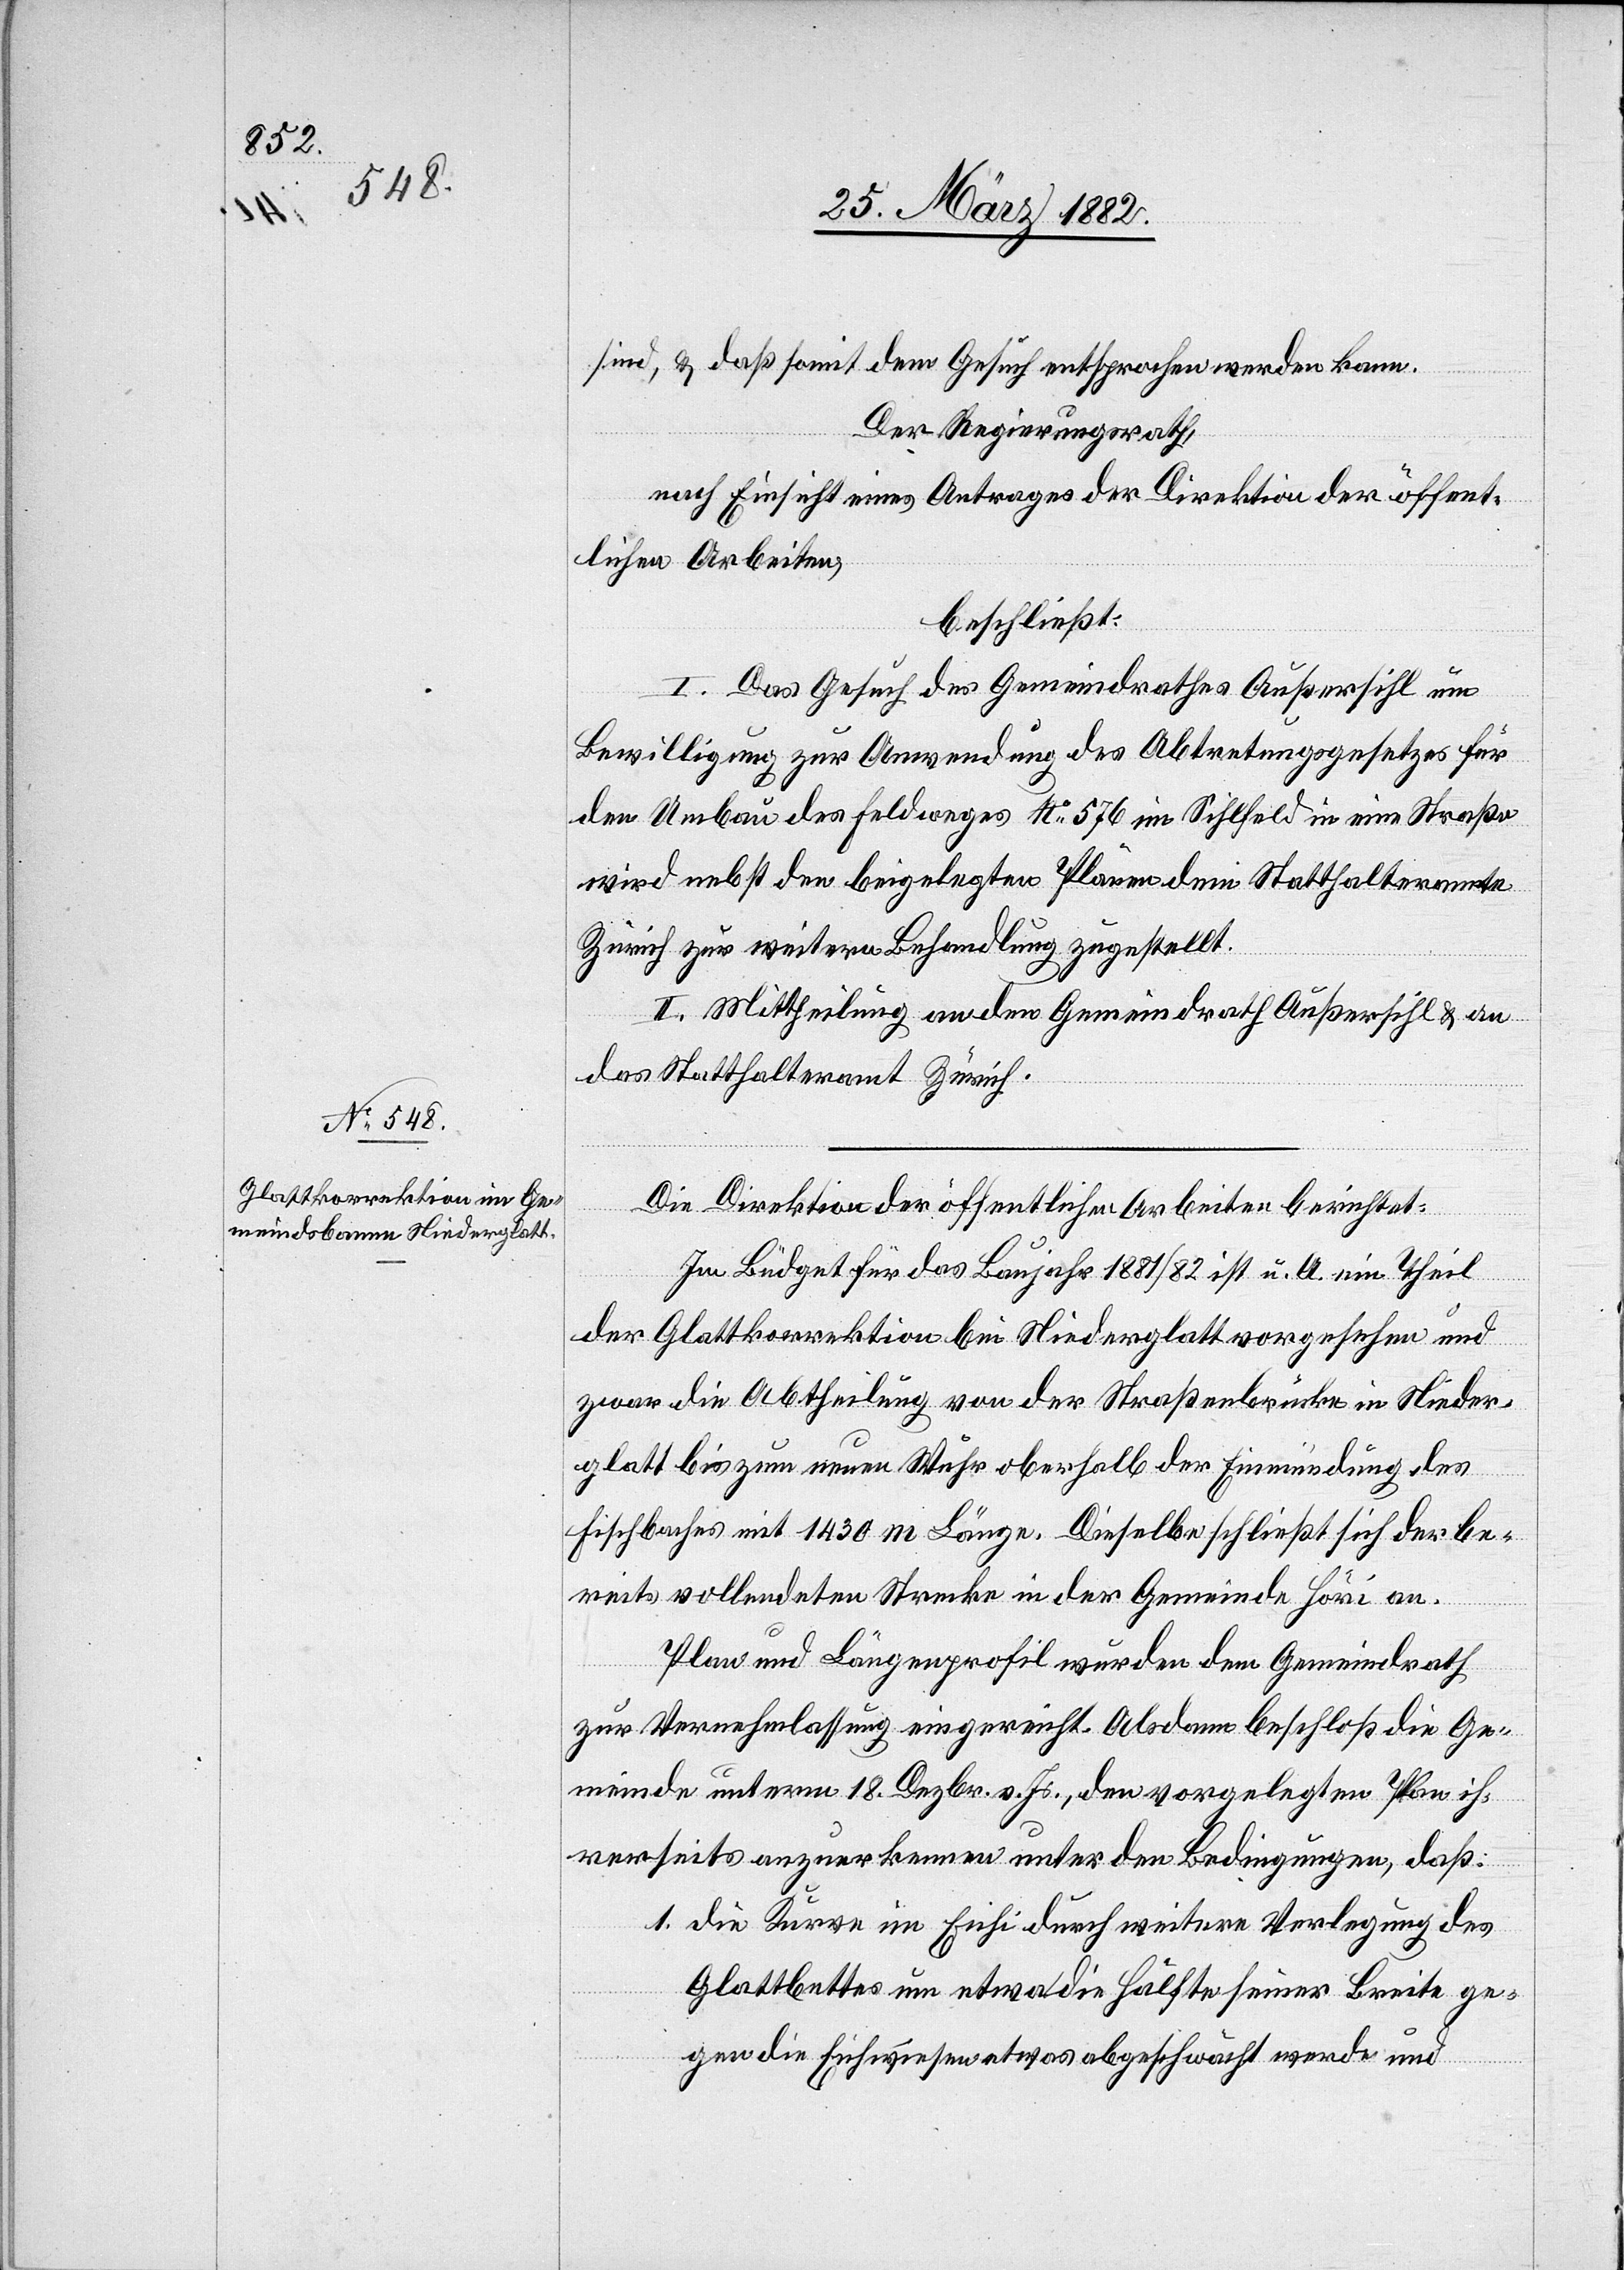
sind, & daß somit dem Gesuch entsprochen werden kann.
Der Regierungsrath,
nach Einsicht eines Antrages der Direktion der öffent¬
lichen Arbeiten,
beschließt:
I. Das Gesuch des Gemeindrathes Außersihl um
Bewilligung zur Anwendung des Abtretungsgesetzes für
den Umbau des Feldweges No 576 im Sihlfeld in eine Straße
wird nebst den beigelegten Plänen dem Statthalteramte
Zürich zur weitern Behandlung zugestellt.
II. Mittheilung an den Gemeindrath Außersihl & an
das Statthalteramt Zürich.
Die Direktion der öffentlichen Arbeiten berichtet:
Im Büdget für das Baujahr 1881/82 ist u. A. ein Theil
der Glattkorrektion bei Niederglatt vorgesehen und
zwar die Abtheilung von der Straßenbrücke in Nieder¬
glatt bis zum neuen Wuhr oberhalb der Einmündung des
Fischbaches mit 1430 m Länge. Dieselbe schließt sich be¬
reits vollendeten Strecken in der Gemeinde Höri an.
Plan und Längenprofil wurden dem Gemeindrath
zur Vernehmlassung eingereicht. Alsdann beschloß die Ge¬
meinde unterm 18. Dezbr. v. Js., den vorgelegten Plan ih¬
rerseits anzuerkennen unter den Bedingungen, daß:
1. die Kurve im Eichi durch weitere Verlegung des
Glattbettes um etwa die Hälfte seiner Breite ge¬
gen die Eichwiesen etwas abgeschwächt werde und